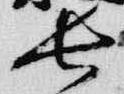
長